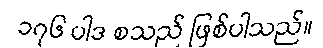
၁၇၆ ပါဒ စသည် ဖြစ်ပါသည်။